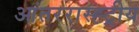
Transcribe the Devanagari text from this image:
आंतररास्ह्ट्रीय